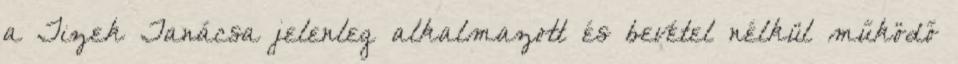
a Tizek Tanácsa jelenleg alkalmazott és bevétel nélkül működő